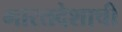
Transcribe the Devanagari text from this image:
भारतदेशाची